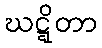
ဃဋ္ဋိတာ